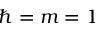
\hbar = m = 1